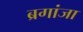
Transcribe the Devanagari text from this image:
ब्रगांजा